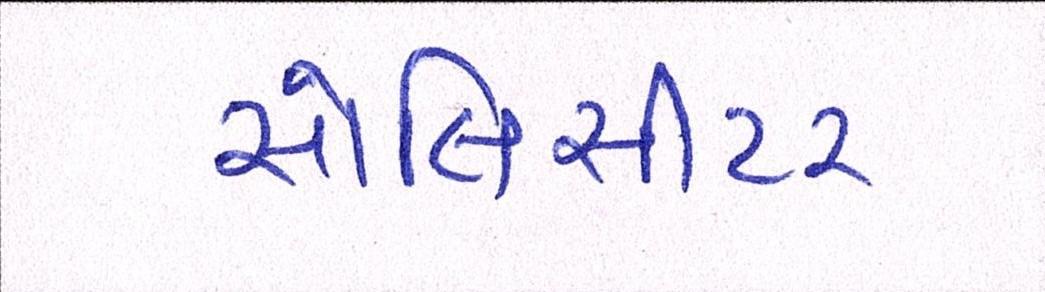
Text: સોલિસીટર